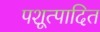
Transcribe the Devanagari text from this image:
पशूत्पादित